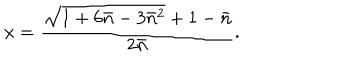
x = { \frac { \sqrt { 1 + 6 \bar { n } - 3 \bar { n } ^ { 2 } } + 1 - \bar { n } } { 2 \bar { n } } } .